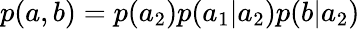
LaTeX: p(a,b)=p(a_{2})p(a_{1}|a_{2})p(b|a_{2})